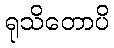
ရုသိတောပိ